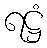
ရဋ္ဌံ